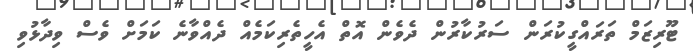
ޓޫރިޒަމް ތަރައްގީކުރަން ސަރުކާރުން ދެވެން އޮތް އެހީތެރިކަމެއް ދެއްވާނެ ކަމަށް ވެސް ވިދާޅުވި